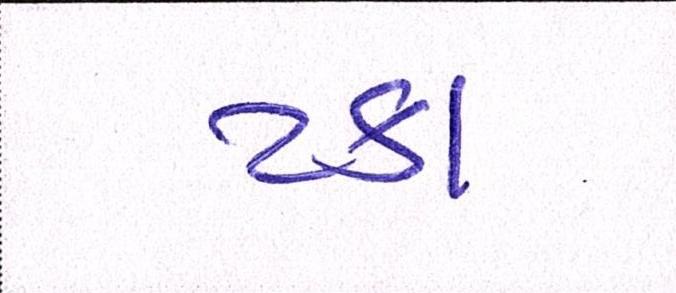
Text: ટકા